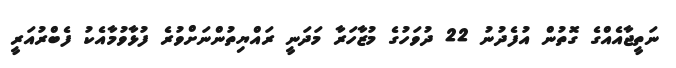
ނަތީޖާއެއްގެ ގޮތުން އުފެދުނު 22 ދުވަހުގެ މުޒާހަރާ މަދަނީ ރައްޔިތުންނަށްވުރެ ފުޅާވުމާއެކު ފެބްރުއަރީ